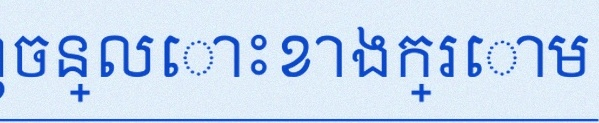
បំពេញចន្លោះខាងក្រោម